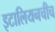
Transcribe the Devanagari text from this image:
इटालियनचीच